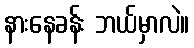
နားနေခန်း ဘယ်မှာလဲ။